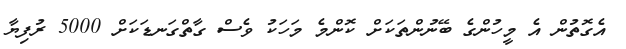
އެގޮތުން އެ މީހުންގެ ބޭނުންތަކަށް ކޮންމެ މަހަކު ވެސް ގާތްގަނޑަކަށް 5000 ރުފިޔާ